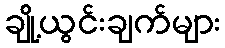
ချို့ယွင်းချက်များ